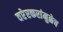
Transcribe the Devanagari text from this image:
वरेरकरांमुळेच